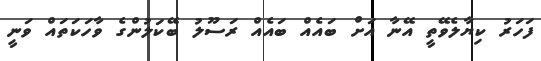
ފަހަރު ކިޔާލެވޭތީ އޭނާ އަށް ބައެއް ބައެއް ރަސޫލު ބޭކަލުންގެ ވާހަކަތައް ވަނީ